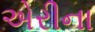
એરીના